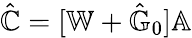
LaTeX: \hat{\mathbb C}=[\mathbb{W}+{\hat{\mathbb G}}_{0}]\mathbb A